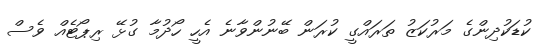
ކުޑަކުދިންގެ މަރުކަޒު ތަރައްގީ ކުރަން ބޭނުންވާނެ އެހީ ހޯދުމާ ގުޅޭ ރިޕޯޓެއް ވެސް